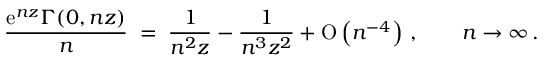
\frac { \mathrm { e } ^ { n z } \Gamma ( 0 , n z ) } { n } \; = \; \frac { 1 } { n ^ { 2 } z } - \frac { 1 } { n ^ { 3 } z ^ { 2 } } + \mathrm { O } \left( n ^ { - 4 } \right) \, , \qquad n \to \infty \, .